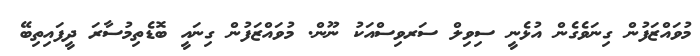
މުވައްޒަފުން ގިނަވެގެން އުޅެނީ ސިވިލް ސަރވިސްއަކު ނޫން. މުވައްޒަފުން ގިނައީ ބޮޑެތިމުސާރަ ދީފައިތިބޭ